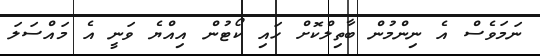
ނަމަވެސް އެ ނިންމުން ބާތިލްކޮށް ހައި ކޯޓުން އިއްޔެ ވަނީ އެ މައްސަލަ